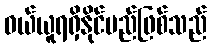
ဝယ်ယူရရှိနိုင်မည်ဖြစ်သည်